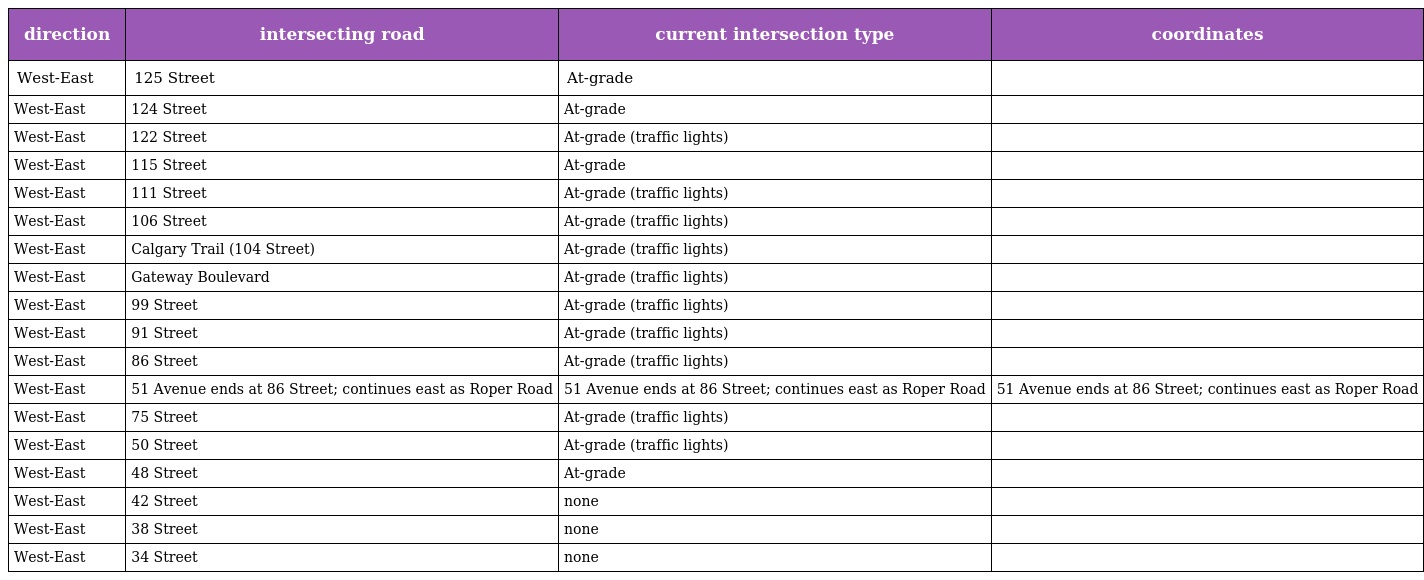
| direction | intersecting road | current intersection type | coordinates |
 | --- | --- | --- | --- |
 | West-East | 125 Street | At-grade |  |
 | West-East | 124 Street | At-grade |  |
 | West-East | 122 Street | At-grade (traffic lights) |  |
 | West-East | 115 Street | At-grade |  |
 | West-East | 111 Street | At-grade (traffic lights) |  |
 | West-East | 106 Street | At-grade (traffic lights) |  |
 | West-East | Calgary Trail (104 Street) | At-grade (traffic lights) |  |
 | West-East | Gateway Boulevard | At-grade (traffic lights) |  |
 | West-East | 99 Street | At-grade (traffic lights) |  |
 | West-East | 91 Street | At-grade (traffic lights) |  |
 | West-East | 86 Street | At-grade (traffic lights) |  |
 | West-East | 51 Avenue ends at 86 Street; continues east as Roper Road | 51 Avenue ends at 86 Street; continues east as Roper Road | 51 Avenue ends at 86 Street; continues east as Roper Road |
 | West-East | 75 Street | At-grade (traffic lights) |  |
 | West-East | 50 Street | At-grade (traffic lights) |  |
 | West-East | 48 Street | At-grade |  |
 | West-East | 42 Street | none |  |
 | West-East | 38 Street | none |  |
 | West-East | 34 Street | none |  |